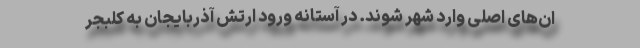
ان‌های اصلی وارد شهر شوند. در آستانه ورود ارتش آذربایجان به کلبجر